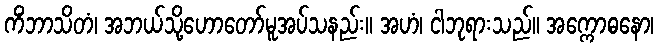
ကိံဘာသိတံ၊ အဘယ်သို့ဟောတော်မူအပ်သနည်း။ အဟံ၊ ငါဘုရားသည်။ အက္ကောဓနော၊